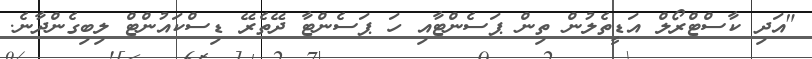
"އަދި ކާސްޓްރޯލް އަޑީތެލުން ތިން ޕަސެންޓާއި ހަ ޕަސެންޓާ ދޭތެރޭ ޑިސްކައުންޓް ލިބިގެންދާނެ.